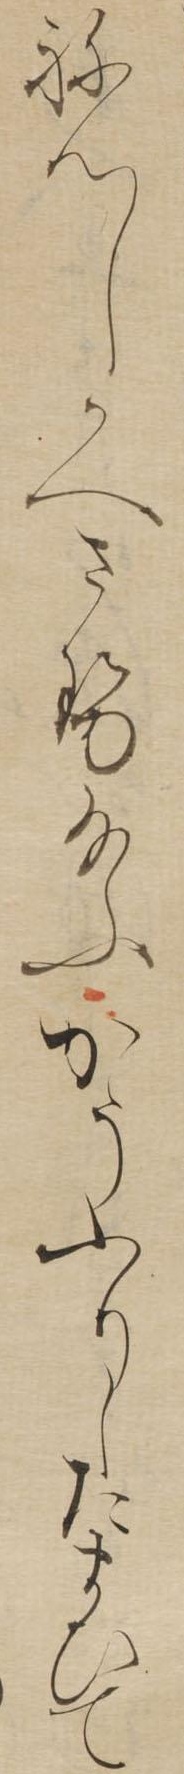
ねんしかへさせ給ふかうふりしたまひて